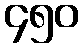
၄၅၀